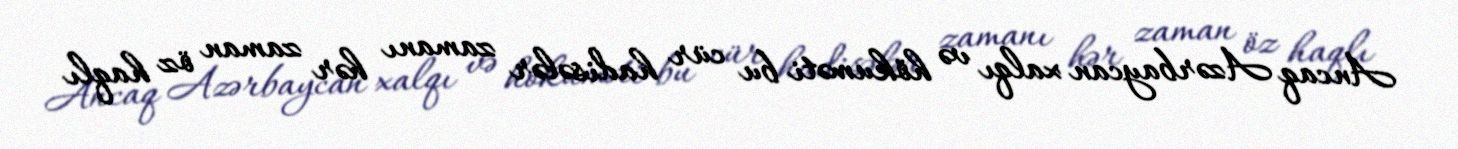
Ancaq Azərbaycan xalqı və hökuməti bu cür hadisələr zamanı hər zaman öz haqlı